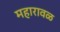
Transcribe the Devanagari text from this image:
महारावळ